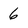
Character: 6